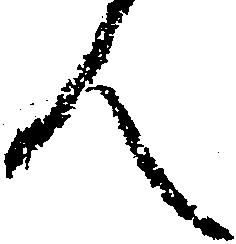
人